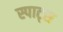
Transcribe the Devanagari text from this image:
स्पाट्स